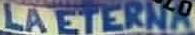
LAETERNA